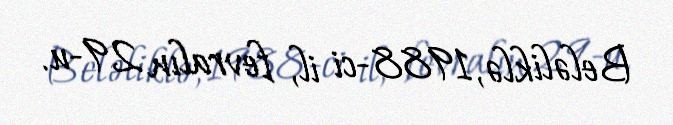
Beləliklə, 1988-ci il, fevralın 29-u.